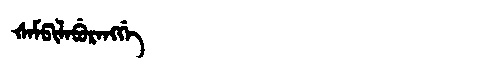
Manchu: ᡧᠠᠮᡦᡳᠯᠠᠪᡠᡵᠠᠩᡤᡝ
Romanization: ŠAMPILABURANGGE